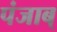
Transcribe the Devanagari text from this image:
पंजाब्